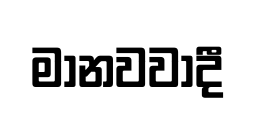
මානවවාදී